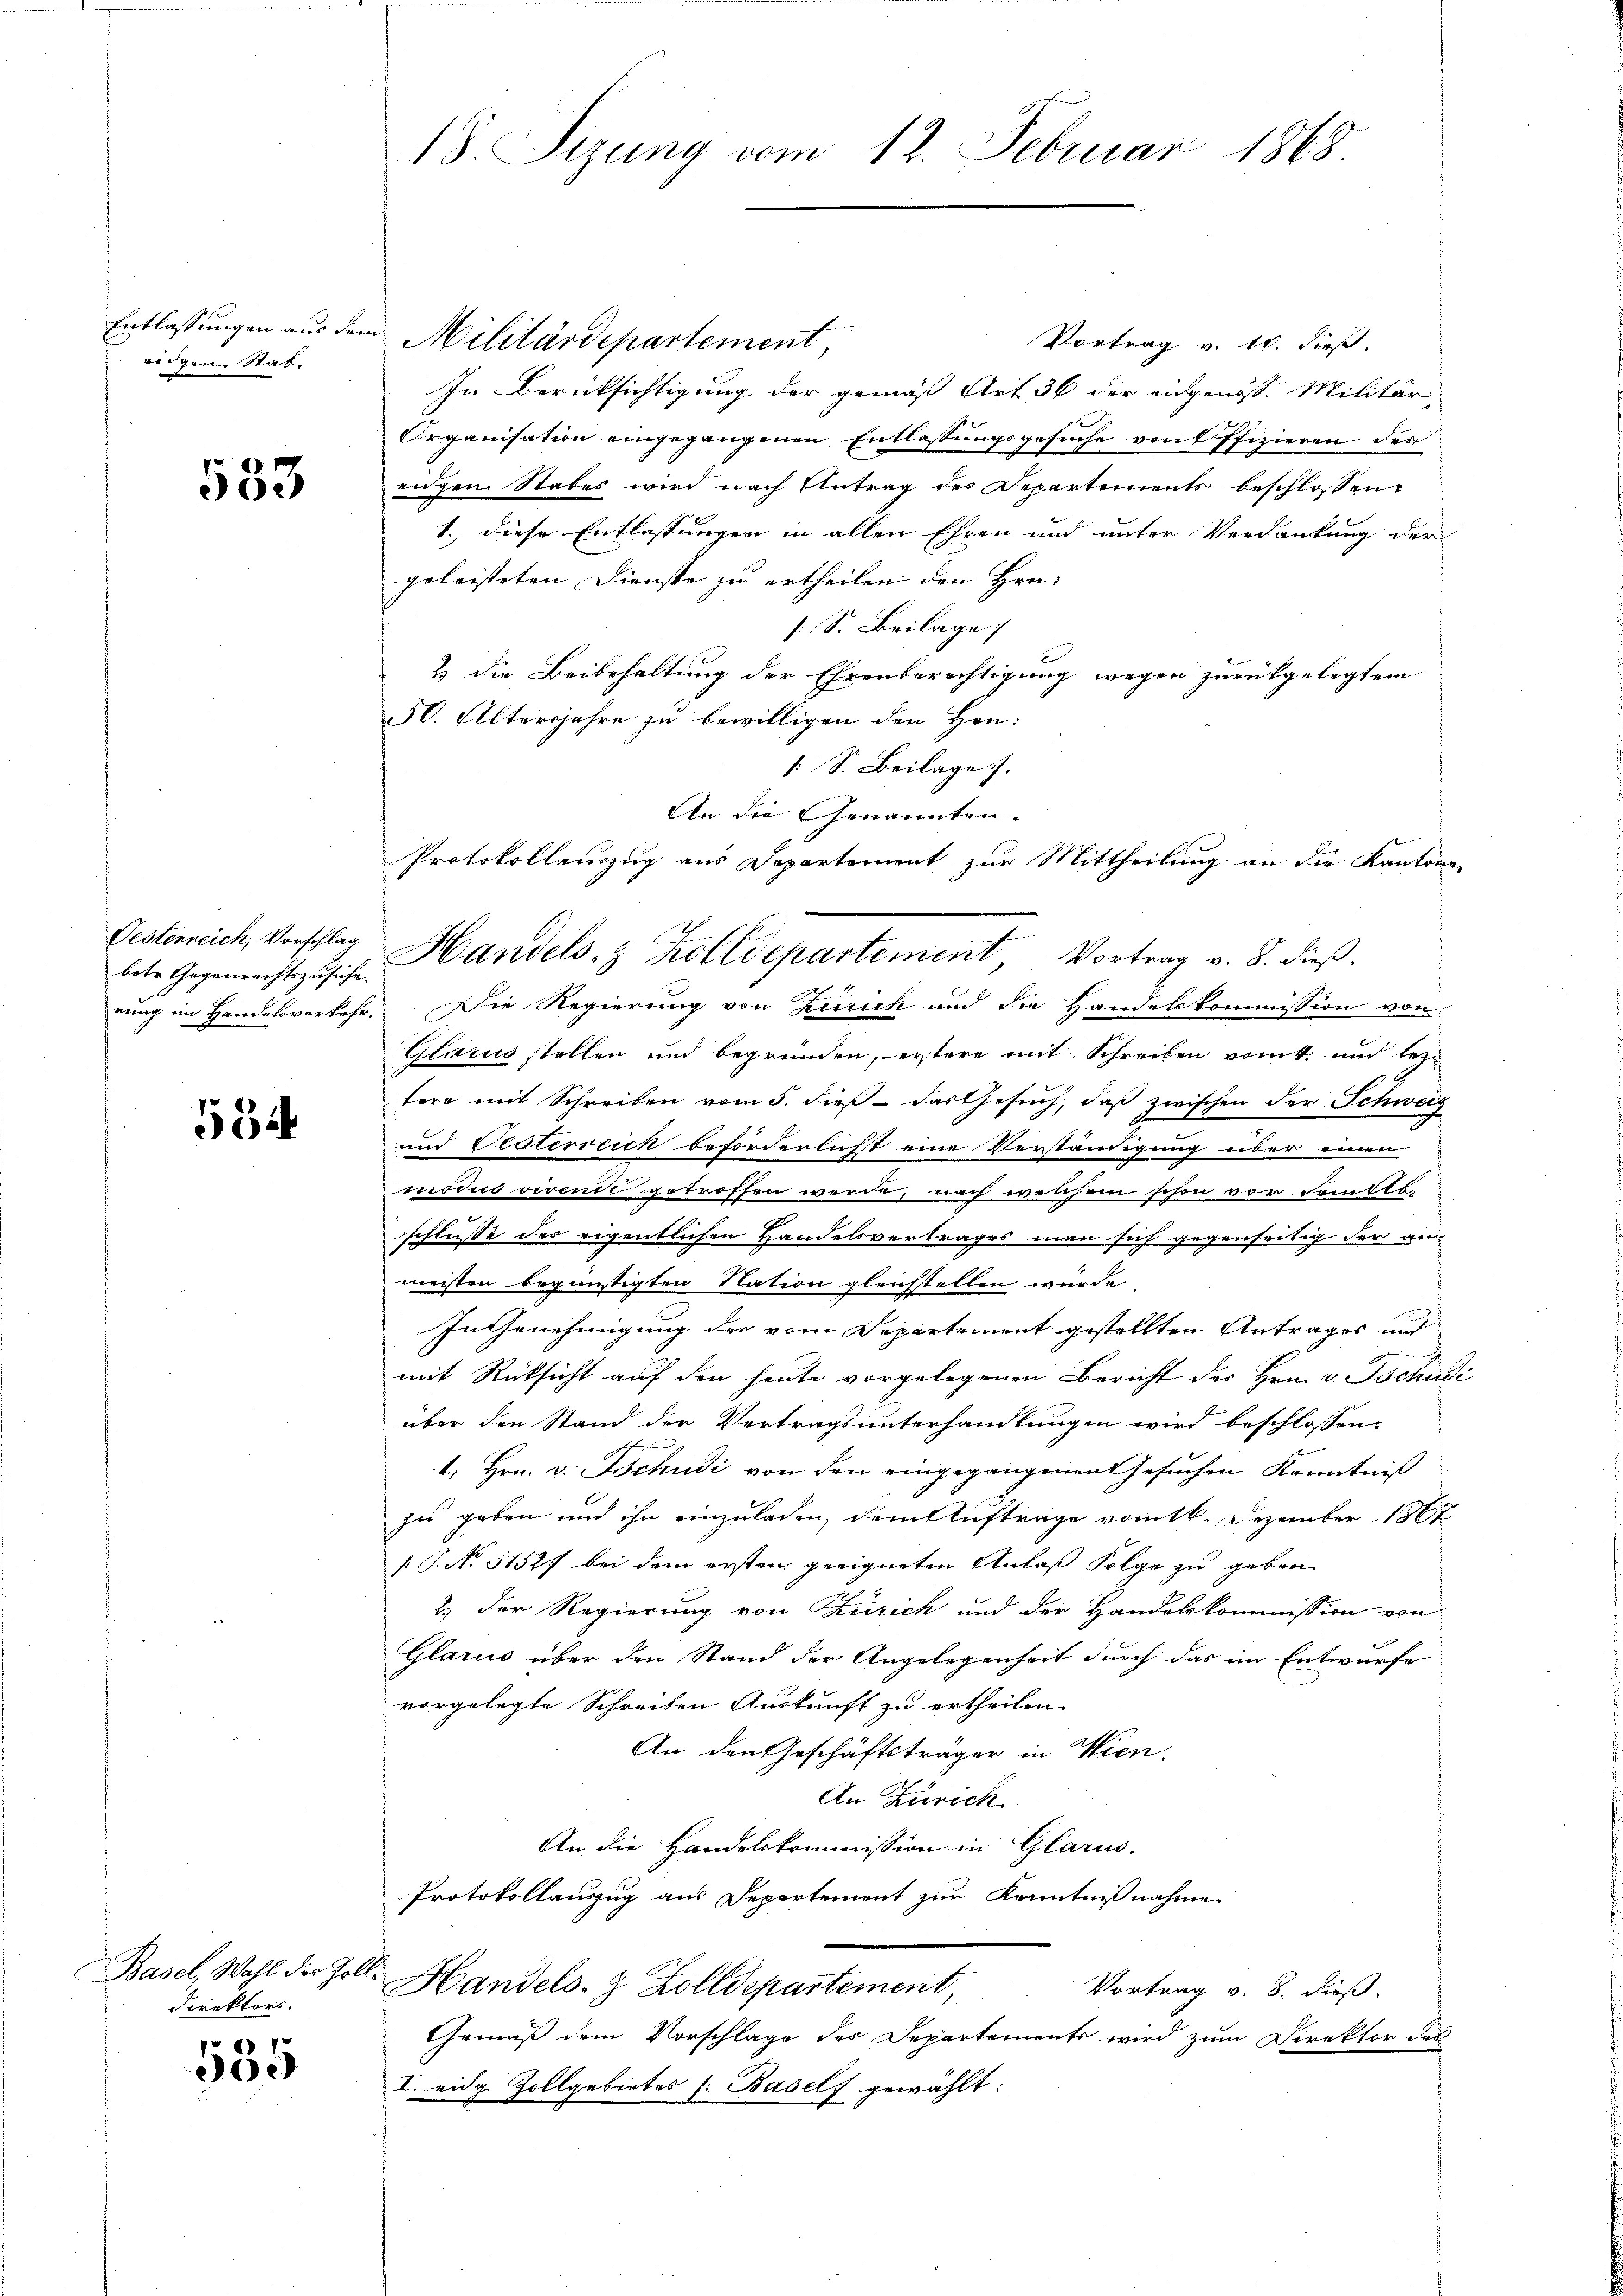
Entlassungen aus der
eidgen. Stat.

533

betr. Gegenrechtszusichen

534

Basel, Wahl der Zoll¬
Direktors.

585

in Militärdepartement,
Vortrag v. 10. dieß.
In Berücksichtigung der gemäß Art 36 der eidgenöss. Militär-
Organisation eingegangenen Entlassungsgesuche von Offizieren des
eigen Stabes wird nach Antrag des Departemente beschlossen,
1. diese Entlassungen in allen Ehren und unter Verdankung der
geleisteten Dienste zu ertheilen den Hrn. |
s. S. Beilage
& die Beibehaltung der Ehrenberechtigung wegen zurückgelegtem
50. Altersjahre zu bewilligen den Hrn.
[S. Beilage.
An die Genannten.
Protokollauszug aus Departement zur Mittheilung an die Kantone

rung im Handelsverkehr Die Regierung von Zürich und die Handelskommission von
Glarus stellen und begründen, erstere mit Schreiben vom 4. und lez
tere mit Schreiben vom 5. dieß das Gesuch, daß zwischen der Schweiz
und Platerreich beförderlichst eine Verständigung über einen
modus vivende getroffen werde, nach welchem schon vor demo.
schlusse der eigentlichen Handelsvertrages man sich gegenseitig der au
meisten begünstigten Nation gleichstellen würde,
In Genehmigung der vom Departement gestellten Antrages und
mit Rücksicht auf den heute vorgelegenen Bericht der Hrn. v. Tschudi
über den Stand der Vertragsunterhandlungen wird beschlossen:
1., Hrn. v. Tschudi von den eingegangenen Gesuchen Kenntniß
zu geben und ihn einzuladen, dem Auftrage vom 16. Dezember 1867
/: P. No 51527 bei dem ersten geeigneten Anlaß Folge zu geben
2.) Der Regierung von Zürich und der Handelskommission von
Glarus über den Stand der Angelegenheit durch das im Entwurfe
vorgelegte Schreiben Auskunft zu ertheilen.
An den Geschäftsträger in Wien.
An Zürich
An die Handelskommission in Glarus.
Protokollauszug aus Departement zur Kenntnißnahme.
Handels. z. Zolldepartement,
Vortrag v. 8. dieß.
Gemäß dem Vorschlage des Departements wird zum Direktor des
I. eidg. Zollgebietes h. Basels gewählt:

18. Sizung vom 12. Februar 1868

Oesterreich, Vorschlag Handels- & Zolldepartement, Vortrag v. 8. dieß.
1